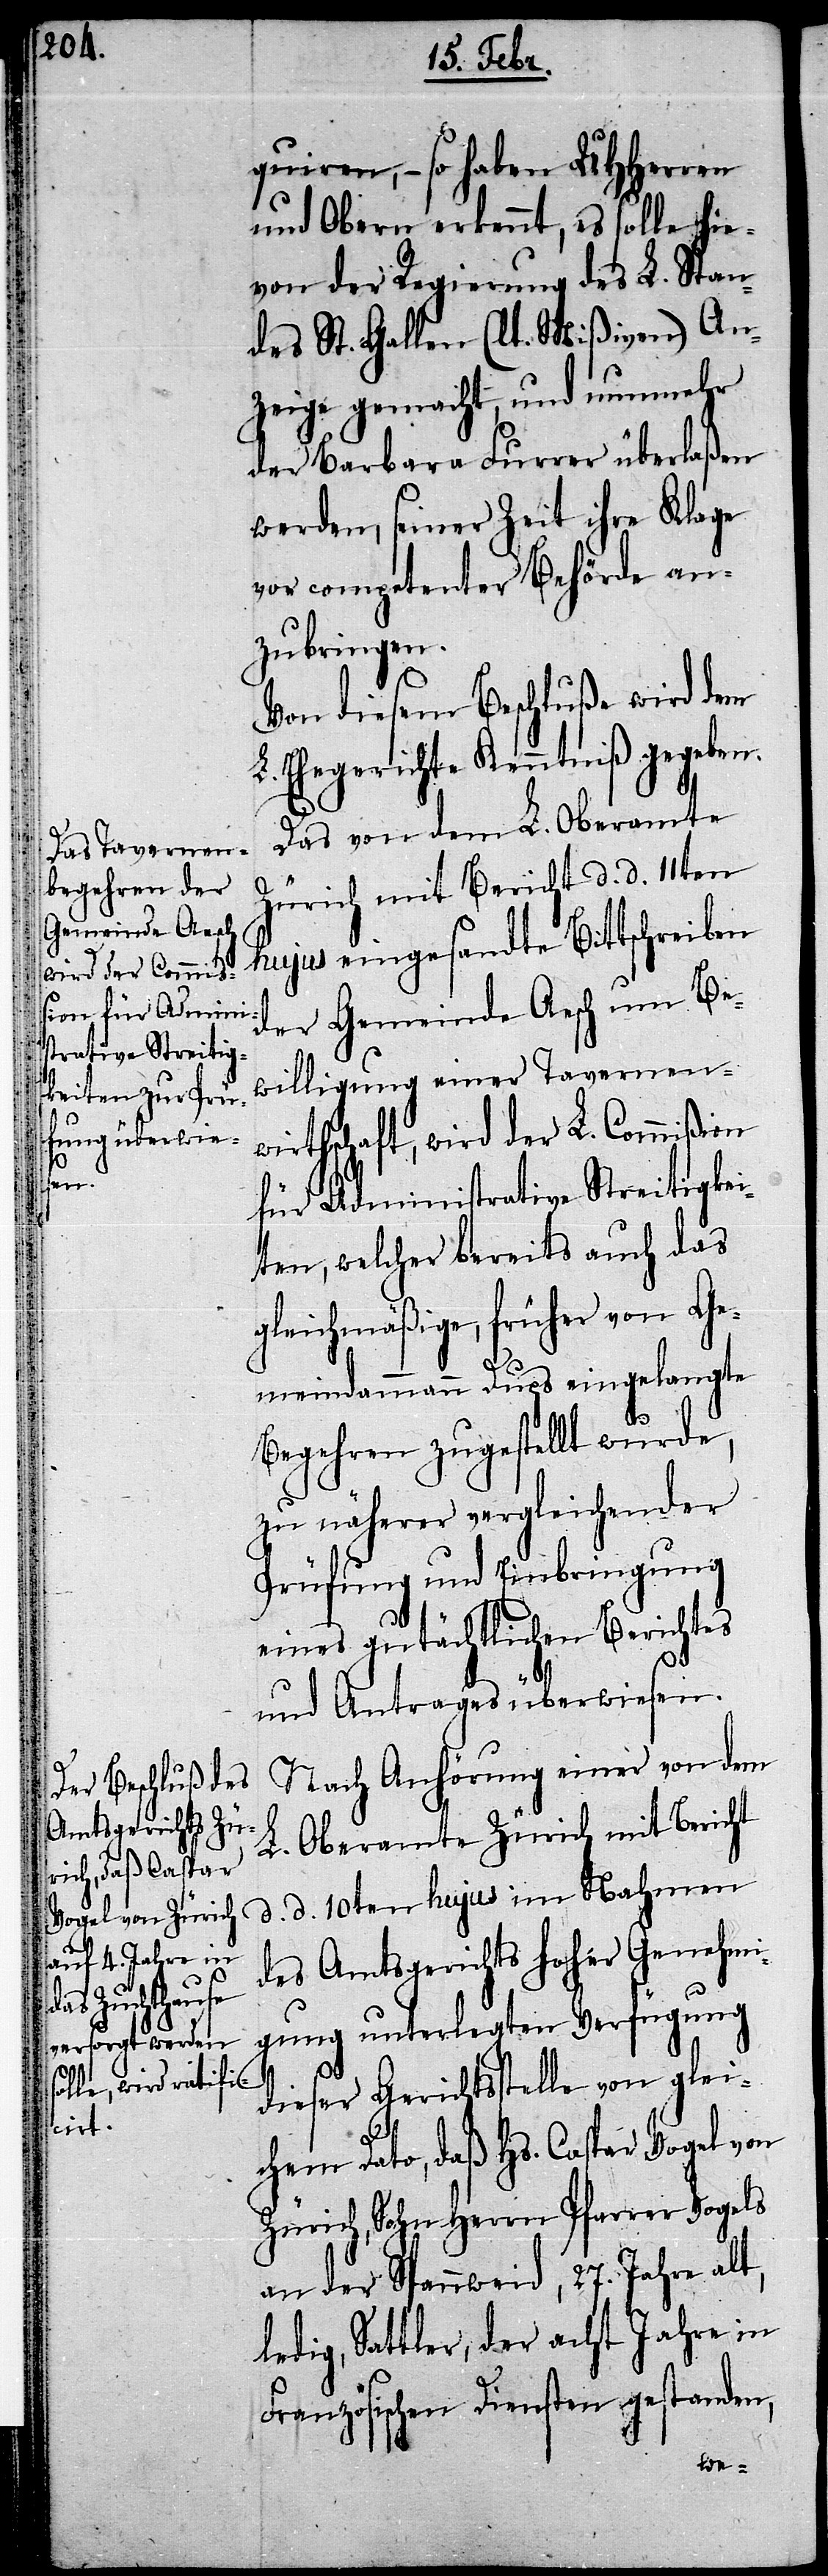
t,

quiren, – so haben UHHerren
und Obern erkennt, es solle hie¬
von der Regierung des L. Stan¬
des St. Gallen (lt. Mißiven) An¬
zeige gemacht, und nunmehr
der Barbara Furrer überlaßen
werden, seiner Zeit ihre Klage
vor competenter Behörde an¬
zubringen.
Von diesem Beschluße wird dem
L. Ehegerichte Kenntniß gegeben.
Das von dem L. Oberamte
Zürich mit Bericht d. d. 11ten
hujus eingesandte Bittschreiben
der Gemeinde Aesch um Be¬
willigung einer Tavernenw¬
irthschaft, wird der L. Commißion
für Administrative Streitigkei¬
ten, welcher bereits auch das
gleichmäßige, früher von Ge¬
meindammann Dups eingelangte
Begehren zugestellt wurde,
zu näherer vergleichender
Prüfung und Einbringung
eines gutächtlichen Berichtes
und Antrages überwiesen.
Nach Anhörung einer von dem
L. Oberamte Zürich mit Bericht
d. d. 10ten hujus im Nahmen
des Amtsgerichts hoher Genehmi¬
gung unterlegten Verfügung
dieser Gerichtsstelle von glei¬
chem Dato, daß Hs. Caspar Vogel von
Zürich, Sohn Herrn Pfarrer Vogels
an der Spannweid, 27. Jahre al¬
ledig, Sattler, der acht Jahre in
Französischen Diensten gestanden,